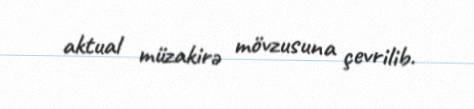
aktual müzakirə mövzusuna çevrilib.